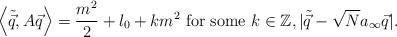
LaTeX: \begin{align*}\left<\tilde{\vec{q}}, A\vec{q} \right>=\frac{m^2}{2}+l_0+km^2 \text { for some } k\in \mathbb{Z}, |\tilde{\vec{q}}-\sqrt{N}a_{\infty}\vec{q}| .\end{align*}